Annual report of the Punjab Veterinary College and of the Civil Veterinary Department, Punjab - 1920-1925
Year: 1920
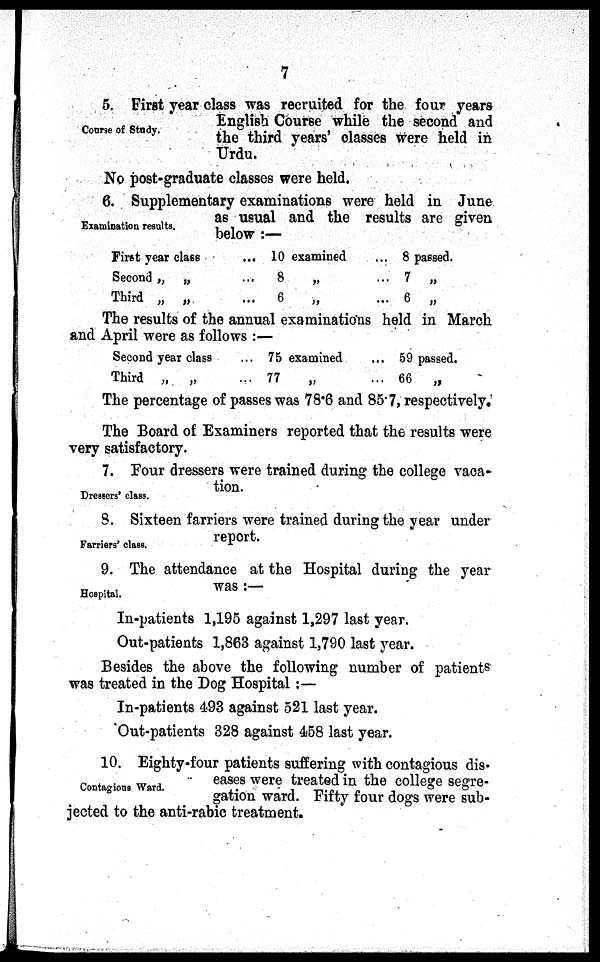
7
Course of Study.
5. First year class was recruited for the four years
English Course while the second and
the third years' classes were held in
Urdu.
No post-graduate classes were held.
Examination results.
6. Supplementary examinations were held in June
as usual and the results are given
below:—
First year class
Second „ „
Third „ „
... 10 examined
...
8
„
...
6
„
... 8 passed.
... 7 „
... 6 „
The results of the annual examinations held in March
and April were as follows:—
Second year class
Third „ „
... 75 examined
... 77
„
... 59 passed.
... 66
„
The percentage of passes was 78.6 and 85.7, respectively.
The Board of Examiners reported that the results were
very satisfactory.
Dressers' class.
7. Four dressers were trained during the college vaca-
tion.
Farriers' class.
8. Sixteen farriers were trained during the year under
report.
Hospital.
9. The attendance at the Hospital during the year
was:—
In-patients 1,195 against 1,297 last year.
Out-patients 1,863 against 1,790 last year.
Besides the above the following number of patients
was treated in the Dog Hospital:—
In-patients 493 against 521 last year.
Out-patients 328 against 458 last year.
Contagions Ward.
10. Eighty-four patients suffering with contagious dis-
eases were treated in the college segre-
gation ward. Fifty four dogs were sub-
jected to the anti-rabic treatment.